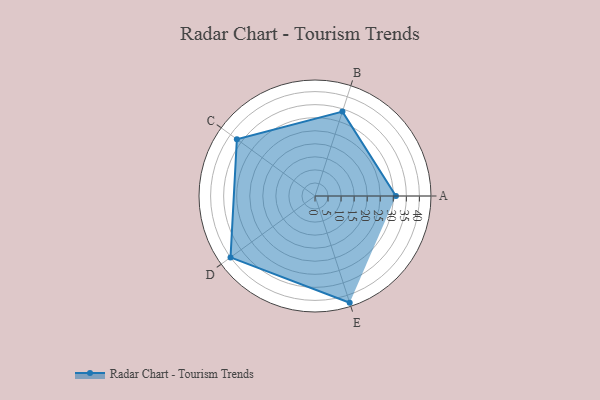
{"axis": {"x": "Skill", "y": "Score"}, "legend": ["Profile"], "data": [{"x": "A", "y": 31.0, "type": "Profile"}, {"x": "B", "y": 34.0, "type": "Profile"}, {"x": "C", "y": 37.0, "type": "Profile"}, {"x": "D", "y": 40.0, "type": "Profile"}, {"x": "E", "y": 43.0, "type": "Profile"}]}